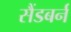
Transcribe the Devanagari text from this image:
सैंडबर्न